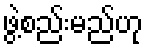
ဖွဲ့စည်းမည်ဟု